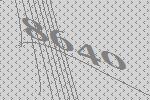
8640